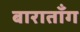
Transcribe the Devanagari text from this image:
बाराताँग